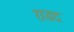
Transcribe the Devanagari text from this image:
ग़डद